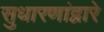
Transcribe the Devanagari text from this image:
सुधारणांद्वारे